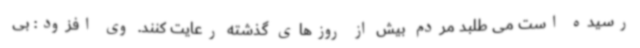
رسیده است می طلبد مردم بیش از روزهای گذشته رعایت کنند. وی افزود: بی